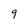
Character: 9